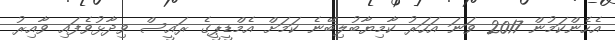
އެހެންކަމުން 2017 ވަނަ އަހަރު ކާމިޔާބުލިބޭނެ ކަމަށް އެމްޑީޕީގެ ރައީސް ވިދާޅުވެފައި ވާއިރު